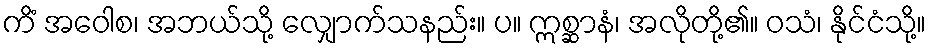
ကိံ အဝေါစ၊ အဘယ်သို့ လျှောက်သနည်း။ ပ။ ဣစ္ဆာနံ၊ အလိုတို့၏။ ဝသံ၊ နိုင်ငံသို့။